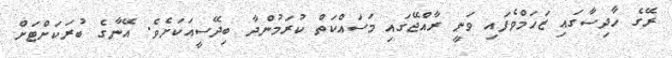
ރޭގެ ހާދިސާގައި ޒަހަމްވެފައި ވަނީ ރާއްޖޭގައި މަސައްކަތް ކުރަމުންދާ ބިދޭސީއަކަށެވެ. އޭނާގެ ބުރަކަށްޓަށް